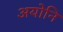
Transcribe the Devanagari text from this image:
अयोनि